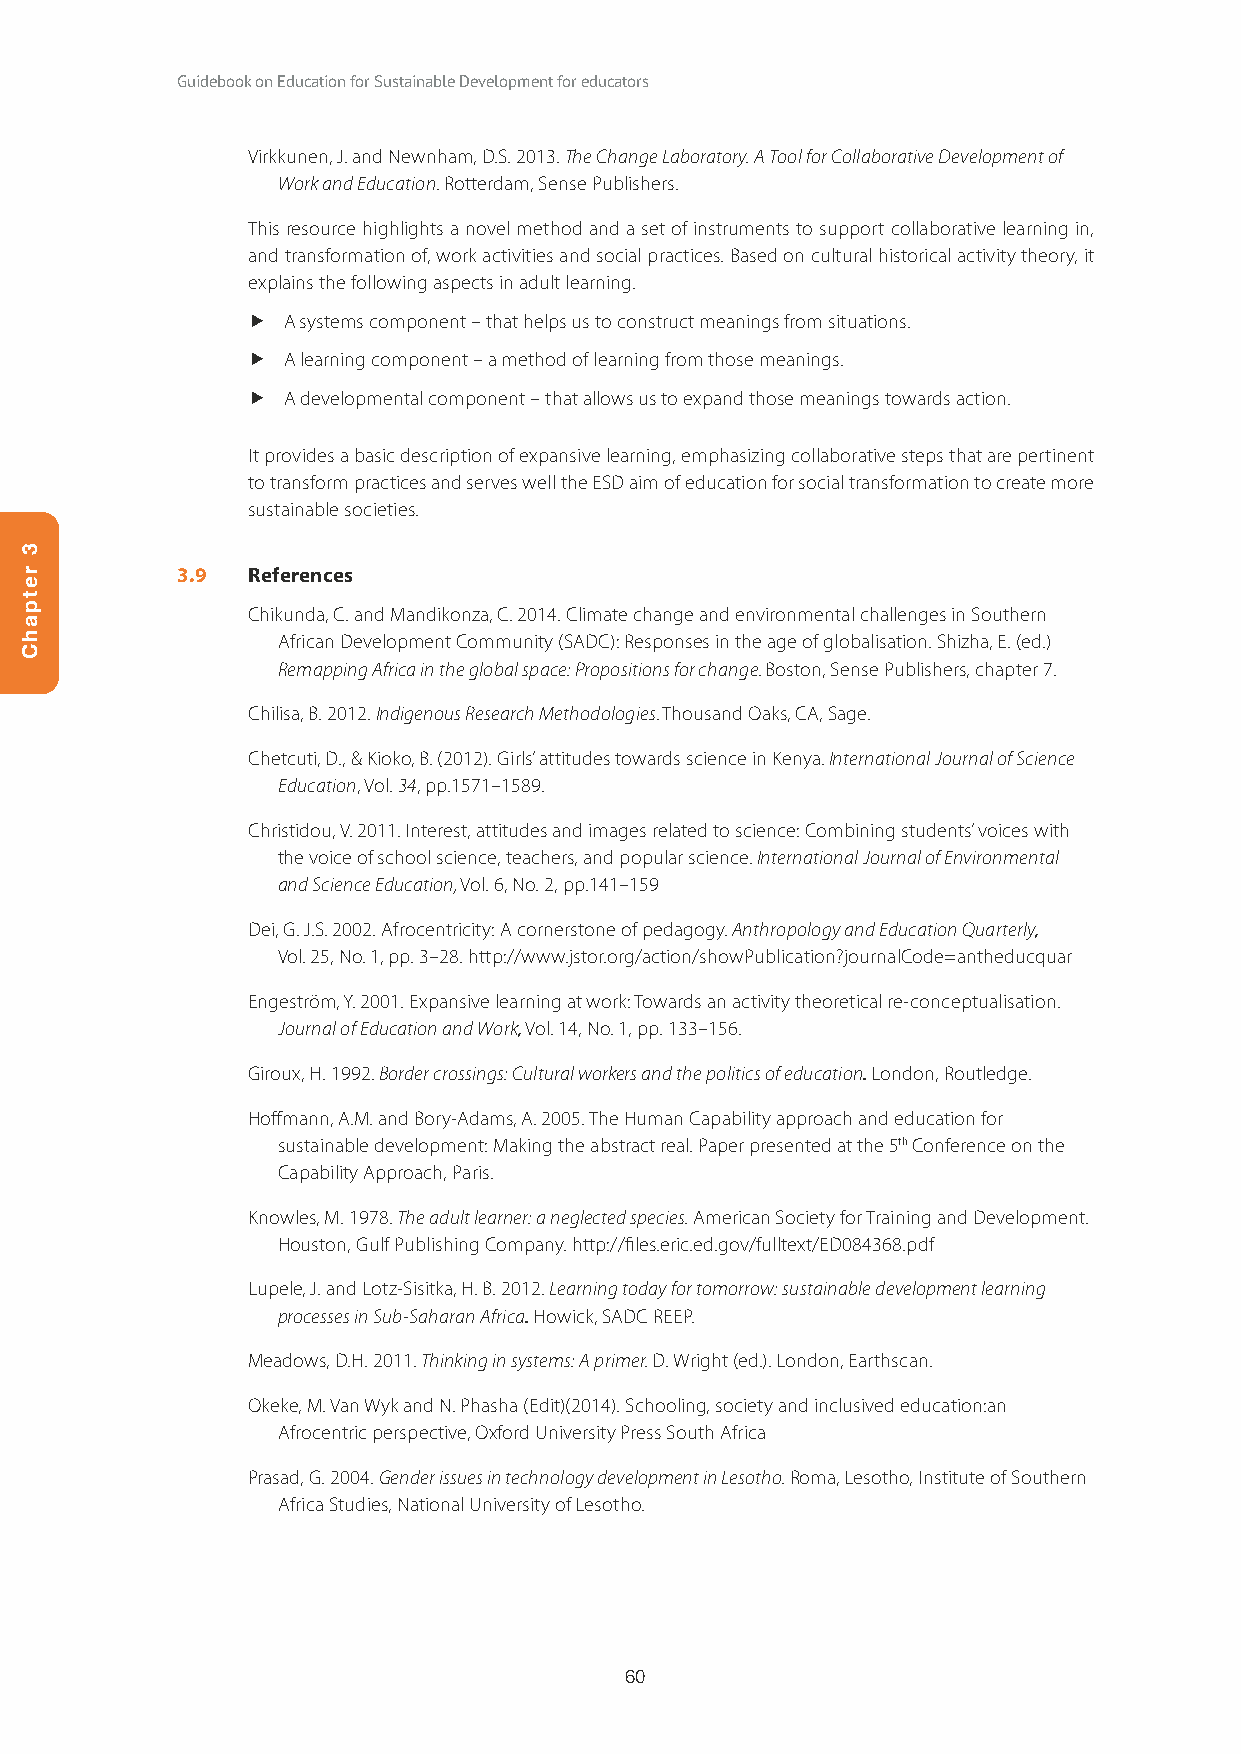
Guidebook on Education for Sustainable Development for educators
 Virkkunen, J. and Newnham, D.S. 2013. The Change Laboratory. A Tool for Collaborative Development of
 Work and Education. Rotterdam, Sense Publishers.
 This resource highlights a novel method and a set of instruments to support collaborative learning in,
 and transformation of, work activities and social practices. Based on cultural historical activity theory, it
 explains the following aspects in adult learning.
   A systems component – that helps us to construct meanings from situations.
   A learning component – a method of learning from those meanings.
   A developmental component – that allows us to expand those meanings towards action.
 It provides a basic description of expansive learning, emphasizing collaborative steps that are pertinent
 to transform practices and serves well the ESD aim of education for social transformation to create more
 sustainable societies.
 3.9 References
 Chikunda, C. and Mandikonza, C. 2014. Climate change and environmental challenges in Southern
 African Development Community (SADC): Responses in the age of globalisation. Shizha, E. (ed.)
 Remapping Africa in the global space: Propositions for change. Boston, Sense Publishers, chapter 7.
 Chilisa, B. 2012. Indigenous Research Methodologies. Thousand Oaks, CA, Sage.
 Chetcuti, D., & Kioko, B. (2012). Girls’ attitudes towards science in Kenya. International Journal of Science
 Education, Vol. 34, pp.1571–1589.
 Christidou, V. 2011. Interest, attitudes and images related to science: Combining students’ voices with
 the voice of school science, teachers, and popular science. International Journal of Environmental
 and Science Education, Vol. 6, No. 2, pp.141–159
 Dei, G. J.S. 2002. Afrocentricity: A cornerstone of pedagogy. Anthropology and Education Quarterly,
 Vol. 25, No. 1, pp. 3–28. http://www.jstor.org/action/showPublication?journalCode=antheducquar
 Engeström, Y. 2001. Expansive learning at work: Towards an activity theoretical re-conceptualisation.
 Journal of Education and Work, Vol. 14, No. 1, pp. 133–156.
 Giroux, H. 1992. Border crossings: Cultural workers and the politics of education. London, Routledge.
 Hoffmann, A.M. and Bory-Adams, A. 2005. The Human Capability approach and education for
 sustainable development: Making the abstract real. Paper presented at the 5th Conference on the
 Capability Approach, Paris.
 Knowles, M. 1978. The adult learner: a neglected species. American Society for Training and Development.
 Houston, Gulf Publishing Company. http://files.eric.ed.gov/fulltext/ED084368.pdf
 Lupele, J. and Lotz-Sisitka, H. B. 2012. Learning today for tomorrow: sustainable development learning
 processes in Sub-Saharan Africa. Howick, SADC REEP.
 Meadows, D.H. 2011. Thinking in systems: A primer. D. Wright (ed.). London, Earthscan.
 Okeke, M. Van Wyk and N. Phasha (Edit)(2014). Schooling, society and inclusived education:an
 Afrocentric perspective, Oxford University Press South Africa
 Prasad, G. 2004. Gender issues in technology development in Lesotho. Roma, Lesotho, Institute of Southern
 Africa Studies, National University of Lesotho.
 60
 3
 retpahC